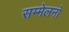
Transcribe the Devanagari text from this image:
सम्मेलनो